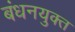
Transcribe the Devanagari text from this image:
बंधनयुक्त